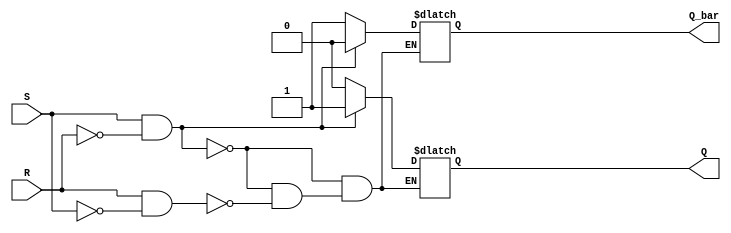
module sr_flipflop(
    input S,
    input R,
    output reg Q,
    output reg Q_bar
);

always @ (S or R)
begin
    if(S && !R)      // Set condition
    begin
        Q = 1;
        Q_bar = 0;
    end
    else if(R && !S) // Reset condition
    begin
        Q = 0;
        Q_bar = 1;
    end
end

endmodule